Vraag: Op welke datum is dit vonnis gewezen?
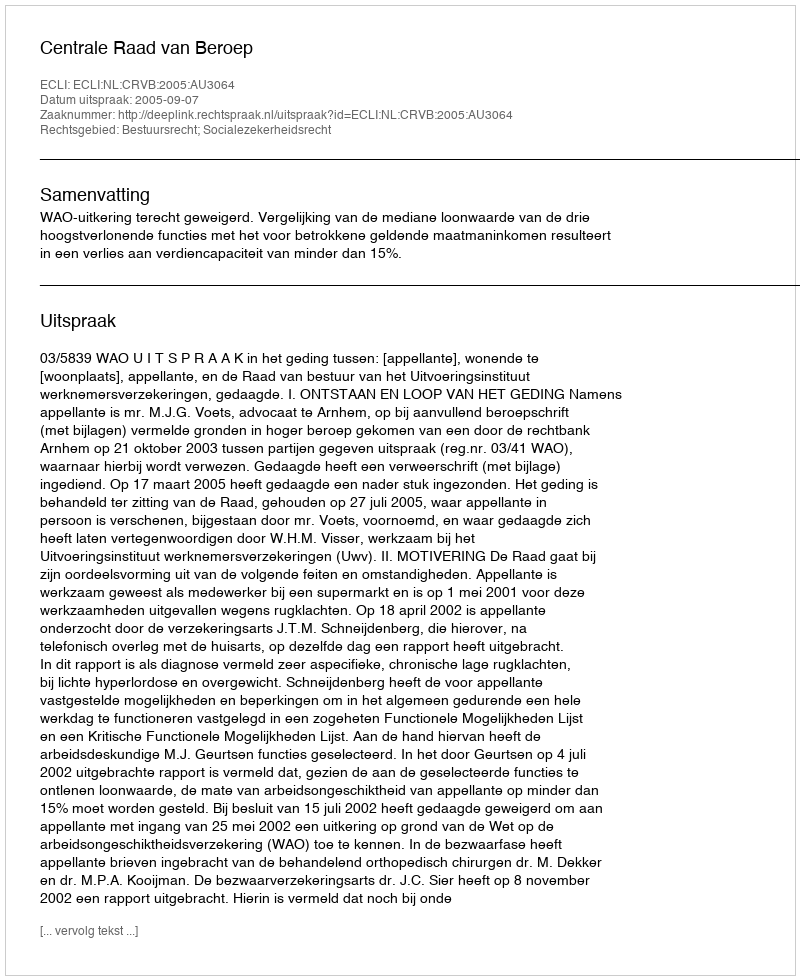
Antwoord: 2005-09-07